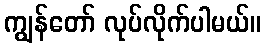
ကျွန်တော် လုပ်လိုက်ပါမယ်။